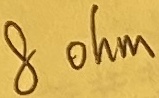
Text: 8 ohm